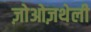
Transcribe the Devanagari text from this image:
ज़ोओज़थेली